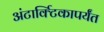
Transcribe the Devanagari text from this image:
अंटार्क्टिकापर्यंत